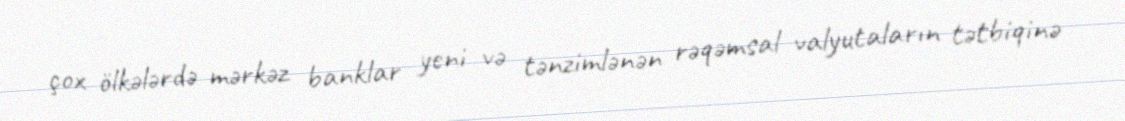
çox ölkələrdə mərkəz banklar yeni və tənzimlənən rəqəmsal valyutaların tətbiqinə